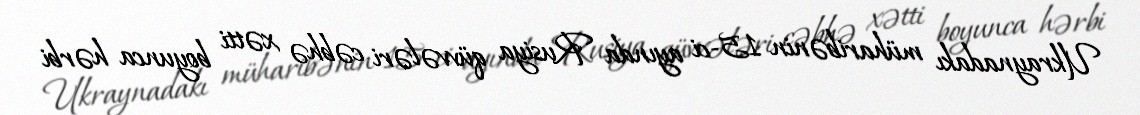
Ukraynadakı müharibənin 15-ci ayında Rusiya qüvvələri cəbhə xətti boyunca hərbi